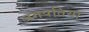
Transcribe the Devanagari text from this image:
जगपतिया